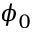
\phi _ { 0 }